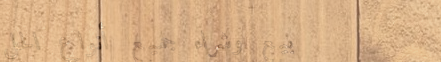
بيع وشراء جميع أنواع الحل